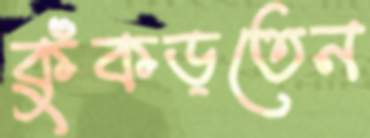
কুঁকড়তেন